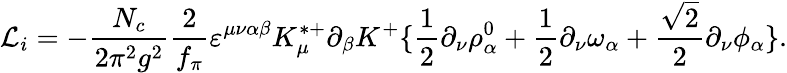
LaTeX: {\cal L}_{i}=-\frac{N_{c}}{2\pi^{2}g^{2}}{\frac{2}{f_{\pi}}}\varepsilon^{\mu\nu\alpha\beta}K_{\mu}^{*+}\partial_{\beta}K^{+}\{ {\frac{1}{2}}\partial_{\nu}\rho_{\alpha}^{0}+{\frac{1}{2}}\partial_{\nu}\omega_{\alpha}+{\frac{\sqrt{2}}{2}}\partial_{\nu}\phi_{\alpha}\} .